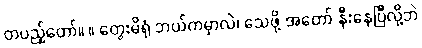
တပည့်တော်။ ။ တွေးမိရုံ ဘယ်ကမှာလဲ၊ သေဖို့ အတော် နီးနေပြီလို့ဘဲ